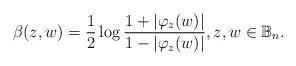
LaTeX: \begin{align*} \beta(z,w)= \dfrac{1}{2} \log \dfrac{1+|\varphi_z(w)|}{1-|\varphi_z(w)|}, z,w\in \mathbb{B}_n.\end{align*}